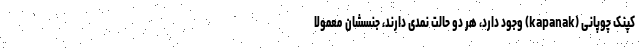
کپنک چوپانی (kapanak) وجود دارد، هر دو حالت نمدی دارند، جنسشان معمولاً